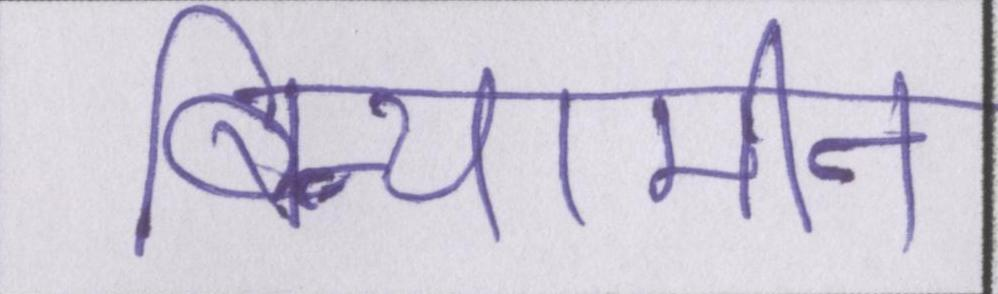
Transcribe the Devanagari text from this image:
बिन्यामीन